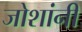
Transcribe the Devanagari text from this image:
जोशांनी